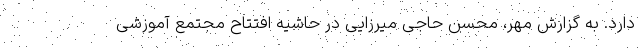
دارد. به گزارش مهر، محسن حاجی میرزایی در حاشیه افتتاح مجتمع آموزشی